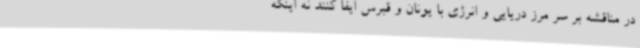
در مناقشه بر سر مرز دریایی و انرژی با یونان و قبرس ایفا کنند نه اینکه